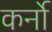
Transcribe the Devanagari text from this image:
कर्नो